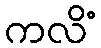
ကလိံ